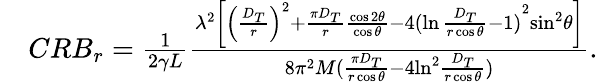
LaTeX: \begin{array}{rl}&{CR{B_{r}}=\frac{1}{{2\gamma L}}\frac{{{\lambda^{2}}\left[{{{\left({\frac{{{D_{T}}}}{r}}\right)}^{2}}+\frac{{{\pi D_{T}}}}{r}\frac{{\cos 2\theta}}{{\cos\theta}}-4{{({\ln\frac{{{D_{T}}}}{{r\cos\theta}}-1})}^{2}}}{{\sin}^{2}}\theta\right]}}{{8{\pi^{2}}M({\frac{{\pi{D_{T}}}}{{r\cos\theta}}-4{{\ln}^{2}}\frac{{{D_{T}}}}{{r\cos\theta}}})}}.}\end{array}